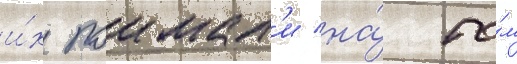
и́х поимал'и на́ то́м